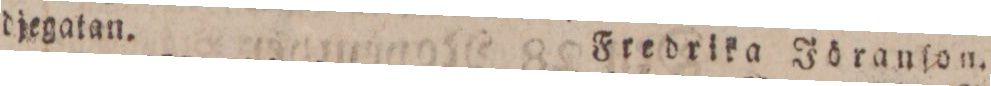
djegatan.    Fredrika Jöranſon.